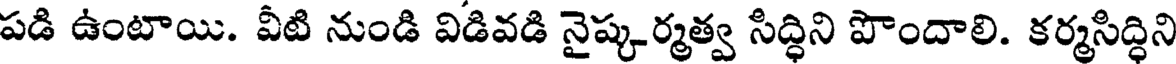
పడి ఉంటాయి. వీటి నుండి విడివడి నైష్కర్మత్వ సిద్ధిని పొందాలి. కర్మసిద్ధిని